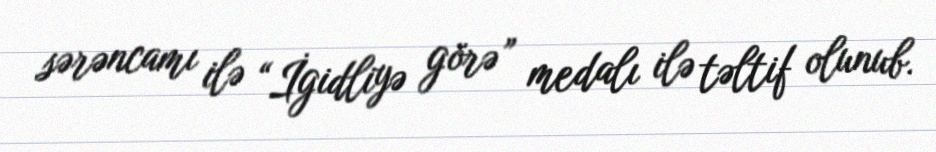
sərəncamı ilə “İgidliyə görə” medalı ilə təltif olunub.